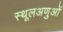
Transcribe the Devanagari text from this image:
स्थूलअणुओं